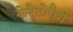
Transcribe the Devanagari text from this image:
केरेटोपैथी